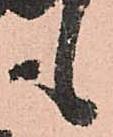
も